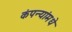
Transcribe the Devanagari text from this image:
कंपन्यांमधे